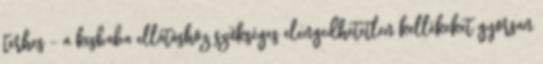
terhes - a kisbaba ellátáshoz szükséges elengedhetetlen kellékeket gyorsan